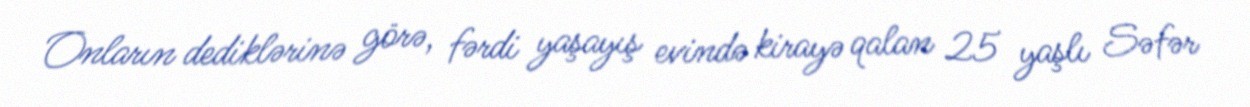
Onların dediklərinə görə, fərdi yaşayış evində kirayə qalan 25 yaşlı Səfər